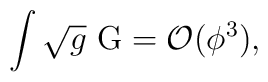
\int \sqrt{g}\ {\rm G}={\cal O}(\phi ^{3}),